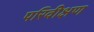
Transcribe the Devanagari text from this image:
परिवीक्षण